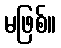
မဖြစ်။